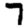
Digit: 7